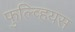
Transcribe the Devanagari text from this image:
फुल्व्हियस